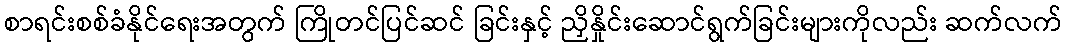
စာရင်းစစ်ခံနိုင်ရေးအတွက် ကြိုတင်ပြင်ဆင် ခြင်းနှင့် ညှိနှိုင်းဆောင်ရွက်ခြင်းများကိုလည်း ဆက်လက်